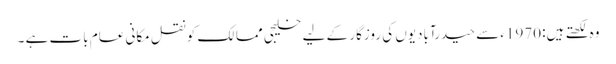
وہ لکھتے ہیں: 1970ء سے حیدرآبادیوں کی روزگار کے لیے خلیجی ممالک کو نقل مکانی عام بات ہے ۔